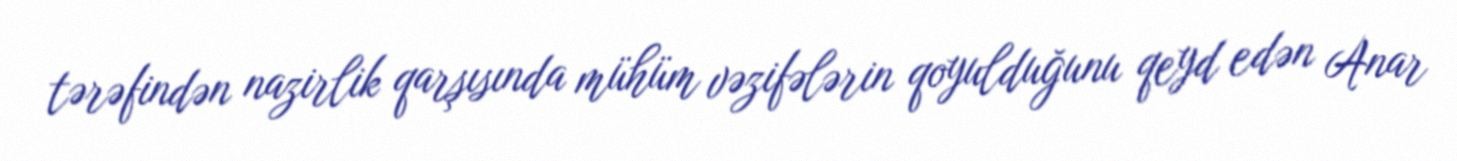
tərəfindən nazirlik qarşısında mühüm vəzifələrin qoyulduğunu qeyd edən Anar